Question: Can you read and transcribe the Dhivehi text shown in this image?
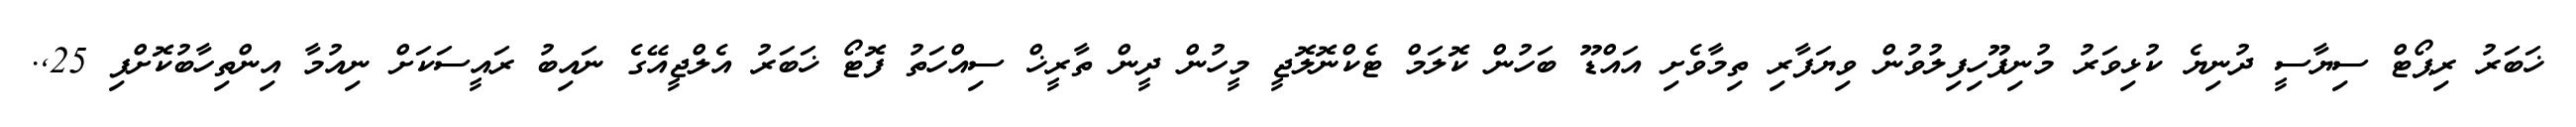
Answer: ޚަބަރު ރިޕޯޓް ސިޔާސީ ދުނިޔެ ކުޅިވަރު މުނިފޫހިފިލުވުން ވިޔަފާރި ތިމާވެށި އައްޑޫ ބަހުން ކޮލަމް ޓެކްނޮލޮޖީ މީހުން ދީން ތާރީޚް ސިއްހަތު ފޮޓޯ ޚަބަރު އެލްޖީއޭގެ ނައިބު ރައީސަކަށް ނިއުމާ އިންތިހާބުކޮށްފި 25,.